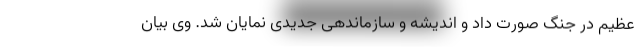
عظیم در جنگ صورت داد و اندیشه و سازماندهی جدیدی نمایان شد. وی بیان